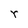
Character: r